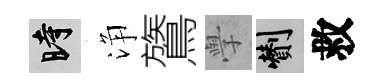
时浄鷟𭓕剪救